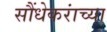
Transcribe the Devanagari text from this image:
सौंधेकरांच्या